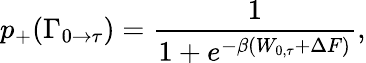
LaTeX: p_{+}(\Gamma_{0\rightarrow\tau})=\frac{1}{1+e^{-\beta(W_{0,\tau}+\Delta F)}},